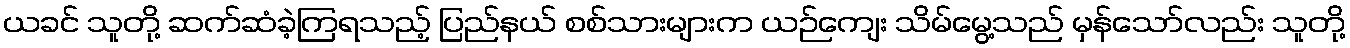
ယခင် သူတို့ ဆက်ဆံခဲ့ကြရသည့် ပြည်နယ် စစ်သားများက ယဉ်ကျေး သိမ်မွေ့သည် မှန်သော်လည်း သူတို့